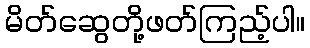
မိတ်ဆွေတို့ဖတ်ကြည့်ပါ။